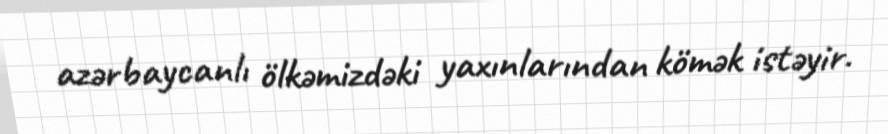
azərbaycanlı ölkəmizdəki yaxınlarından kömək istəyir.